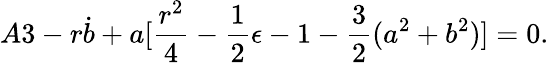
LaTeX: A3-r\dot{b}+a[\frac{r^{2}}{4}-\frac{1}{2}\epsilon-1-\frac{3}{2}(a^{2}+b^{2})]=0.